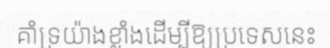
គាំទ្រយ៉ាងខ្លាំងដើម្បីឱ្យប្រទេសនេះ